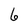
Character: 6